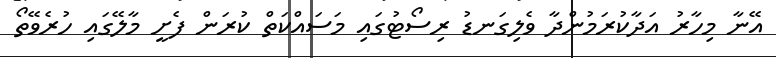
އޭނާ މިހާރު އަދާކުރަމުންދާ ވެލިގަނޑު ރިސޯޓުގައި މަސައްކަތް ކުރަން ފެށީ މާލޭގައި ހުރެވޭތޯ